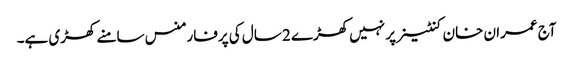
آج عمران خان کنٹینر پر نہیں کھڑے 2 سال کی پرفارمنس سامنے کھڑی ہے۔